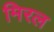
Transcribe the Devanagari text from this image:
मिरल